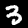
Label: 3